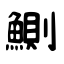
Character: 鰂